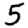
Digit: 5